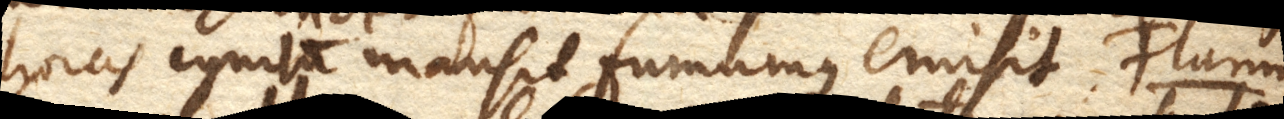
horas ignitum mansit, fumumque emisit. Flammae